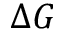
\Delta G